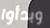
وبدأوا